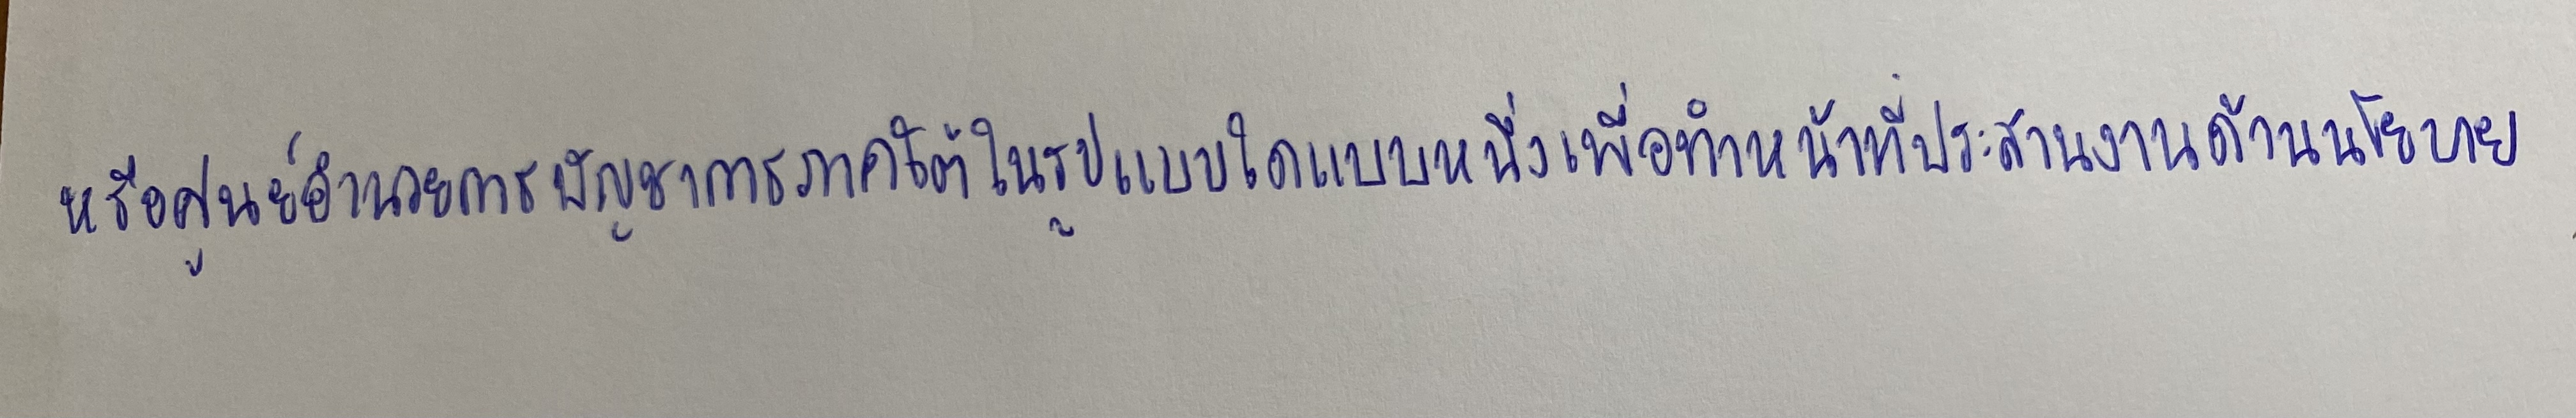
หรือศูนย์อำนวยการบัญชาการภาคใต้ในรูปแบบใดรูปแบบหนึ่งเพื่อทำหน้าที่ประสานงานด้านนโยบาย